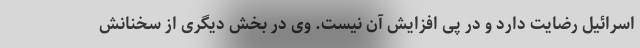
اسرائیل رضایت دارد و در پی افزایش آن نیست. وی در بخش دیگری از سخنانش